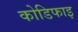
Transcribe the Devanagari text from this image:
कोडिफाइ